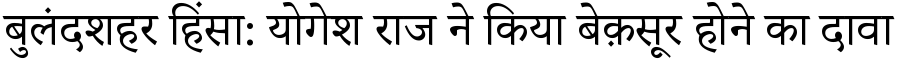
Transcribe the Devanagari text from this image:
बुलंदशहर हिंसा: योगेश राज ने किया बेक़सूर होने का दावा